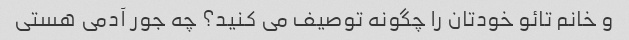
و خانم تائو خودتان را چگونه توصیف می کنید؟ چه جور آدمی هستی